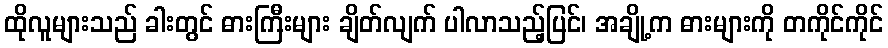
ထိုလူများသည် ခါးတွင် ဓားကြီးများ ချိတ်လျက် ပါလာသည့်ပြင်၊ အချို့က ဓားများကို တကိုင်ကိုင်